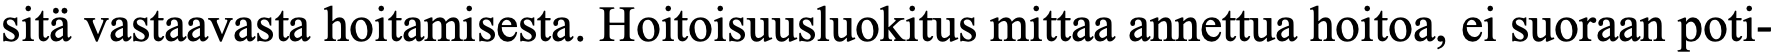
sitä vastaavasta hoitamisesta. Hoitoisuusluokitus mittaa annettua hoitoa, ei suoraan poti-